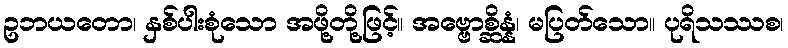
ဥဘယတော၊ နှစ်ပါးစုံသော အဖို့တို့ဖြင့်။ အဗ္ဗောစ္ဆိန္နံ၊ မပြတ်သော။ ပုရိသဿစ၊